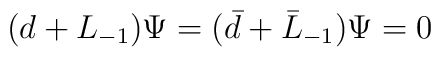
(d+L_{-1})\Psi=( \bar{d}+\bar{L}_{-1})\Psi=0